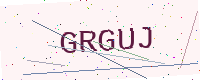
Text: GRGUJ